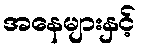
အနေများနှင့်